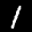
Label: 1